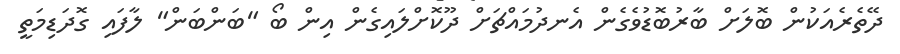
ދޭތެރެއަކުން ބޮލަށް ބާރުބޮޑުވެގެން އެނދުމައްޗަށް ދޫކޮށްލައިގެން އިން ބޯ "ބަންބަން" ލާފައި ގޮދަޑިމަތީ